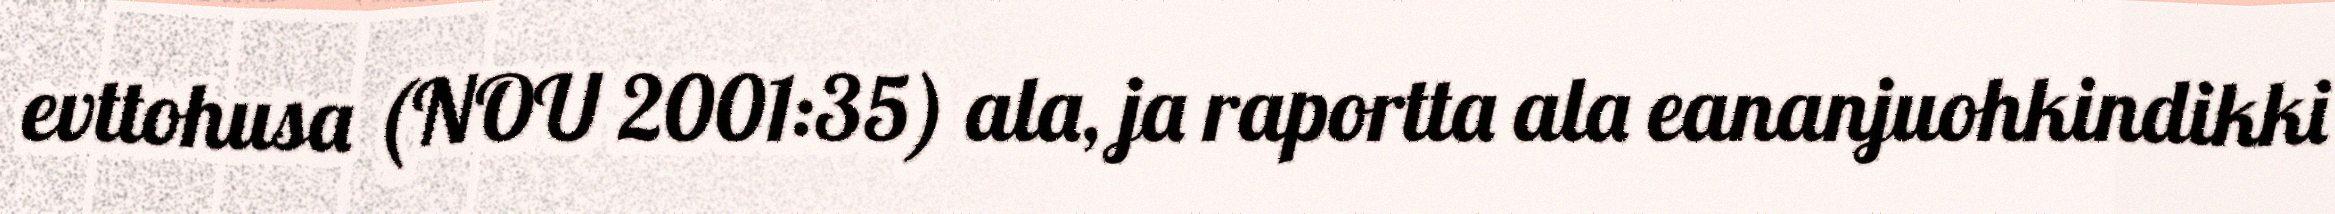
evttohusa (NOU 2001:35) ala, ja raportta ala eananjuohkindikki